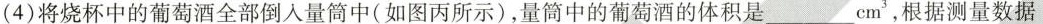
(4)将烧杯中的葡萄酒全部倒入量筒中(如图丙所示)，量筒中的葡萄酒的体积是___cm_{3}，根据测量数据